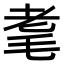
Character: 耄